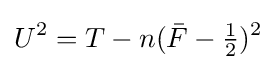
U^{2}=T-n({\bar {F}}-{\tfrac {1}{2}})^{2}